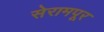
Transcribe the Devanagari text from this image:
सेरामपूर